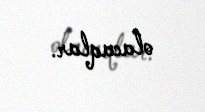
olacaqlar.